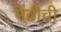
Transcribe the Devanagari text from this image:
मेंढीची